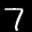
Label: 7